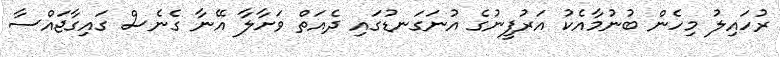
ރުހައިލު މިހެން ބުނުމާއެކު އަރުފީނުގެ އުނަގަނޑުގައި ދެއަތް ވަށާލާ އޭނާ ގެނެސް ގައިގާޖައްސާ